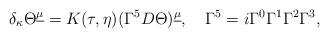
LaTeX: \begin{align*}\delta_\kappa\Theta^{\underline\mu}=K(\tau,\eta)(\Gamma^5D\Theta)^{\underline\mu}, \quad\Gamma^5=i\Gamma^0\Gamma^1\Gamma^2\Gamma^3,\end{align*}